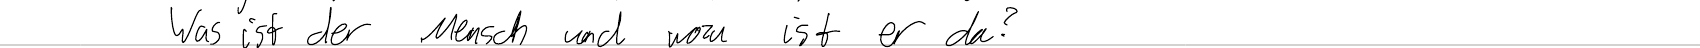
Was ist der Mensch und wozu ist er da?